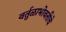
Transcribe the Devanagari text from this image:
वर्तुळाभोवतीचे